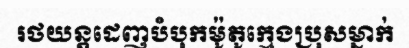
រថយន្តដេញបំបុកម៉ូតូក្មេងប្រុសម្នាក់